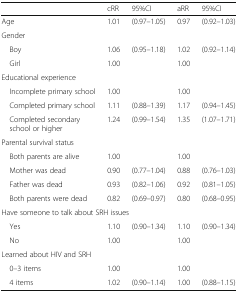
|  | cRR | 95%CI | aRR | 95%CI |
 | --- | --- | --- | --- | --- |
 | Age | 1.01 | (0.97–1.05) | 0.97 | (0.92–1.03) |
 | <COLSPAN=5> Gender |
 | Boy | 1.06 | (0.95–1.18) | 1.02 | (0.92–1.14) |
 | Girl | 1.00 |  | 1.00 |  |
 | <COLSPAN=5> Educational experience |
 | Incomplete primary school | 1.00 |  | 1.00 |  |
 | Completed primary school | 1.11 | (0.88–1.39) | 1.17 | (0.94–1.45) |
 | Completed secondary school or higher | 1.24 | (0.99–1.54) | 1.35 | (1.07–1.71) |
 | <COLSPAN=5> Parental survival status |
 | Both parents are alive | 1.00 |  | 1.00 |  |
 | Mother was dead | 0.90 | (0.77–1.04) | 0.88 | (0.76–1.03) |
 | Father was dead | 0.93 | (0.82–1.06) | 0.92 | (0.81–1.05) |
 | Both parents were dead | 0.82 | (0.69–0.97) | 0.80 | (0.68–0.95) |
 | <COLSPAN=5> Have someone to talk about SRH issues |
 | Yes | 1.10 | (0.90–1.34) | 1.10 | (0.90–1.34) |
 | No | 1.00 |  | 1.00 |  |
 | <COLSPAN=5> Learned about HIV and SRH |
 | 0–3 items | 1.00 |  | 1.00 |  |
 | 4 items | 1.02 | (0.90–1.14) | 1.00 | (0.88–1.15) |